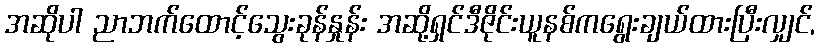
အဆိုပါ ညာဘက်ထောင့်သွေးခုန်နှုန်း အဆို့ရှင်ဒီဇိုင်းယူနစ်ကရွေးချယ်ထားပြီးလျှင်,